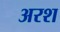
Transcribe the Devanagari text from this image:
अरश